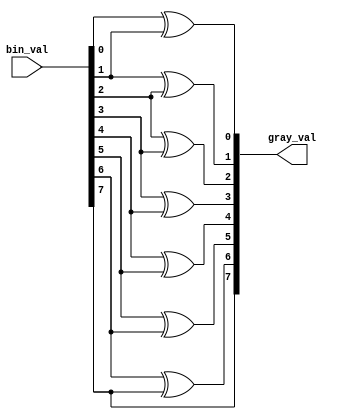
module bin2gray(bin_val,gray_val);
   parameter width = 8;
   input [width-1:0] bin_val;
   output reg [width-1:0] gray_val;
   integer i;
   always @*
     begin
	gray_val[width-1] = bin_val[width-1];
	for(i=0;i<width-1;i=i+1)
	  gray_val[i] = bin_val[i] ^ bin_val[i+1];
     end
endmodule